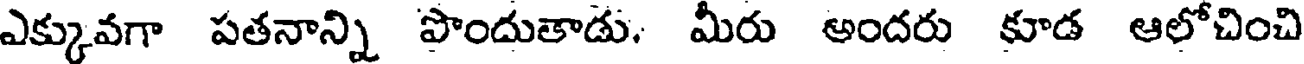
ఎక్కువగా పతనాన్ని పొందుతాడు. మీరు అందరు కూడ ఆలోచించి